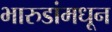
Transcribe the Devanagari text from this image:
भारुडांमधून